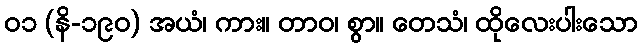
၀၁ (နိ-၁၉၀) အယံ၊ ကား။ တာဝ၊ စွာ။ တေသံ၊ ထိုလေးပါးသော